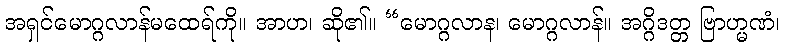
အရှင်မောဂ္ဂလာန်မထေရ်ကို။ အာဟ၊ ဆို၏။ “မောဂ္ဂလာန၊ မောဂ္ဂလာန်။ အဂ္ဂိဒတ္တ ဗြာဟ္မဏံ၊